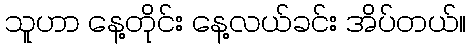
သူဟာ နေ့တိုင်း နေ့လယ်ခင်း အိပ်တယ်။